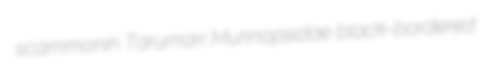
scammonin Tarumari Munnopsidae black-bordered